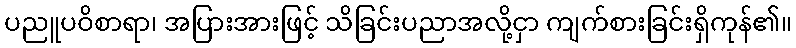
ပညူပဝိစာရာ၊ အပြားအားဖြင့် သိခြင်းပညာအလို့ငှာ ကျက်စားခြင်းရှိကုန်၏။